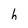
Character: h